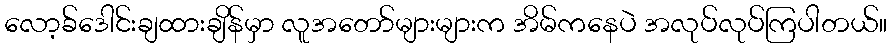
လော့ခ်ဒေါင်းချထားချိန်မှာ လူအတော်များများက အိမ်ကနေပဲ အလုပ်လုပ်ကြပါတယ်။